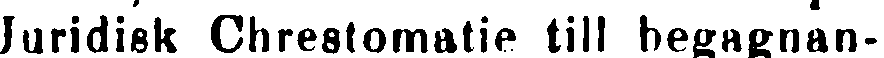
Juridisk Chrestomatie till begagnan-